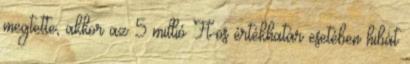
megtette, akkor az 5 millió Ft-os értékhatár esetében hibát